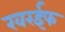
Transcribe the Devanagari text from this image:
खरईफ